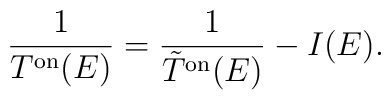
\frac{1}{T^{\rm on}(E)}=\frac{1}{\tilde{T}^{\rm on}(E)} - I(E).